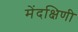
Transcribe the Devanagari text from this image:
मेंदक्षिणी